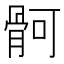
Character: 䯊